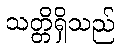
သတ္တိရှိသည်